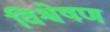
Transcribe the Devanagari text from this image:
विश्वेषण